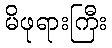
မိဖုရားကြီး